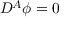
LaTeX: D ^ { A } \phi = 0